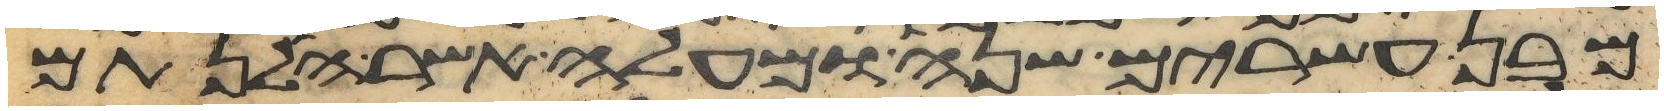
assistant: מבן עשרים שנה ומעלה אשר הלנתם